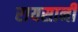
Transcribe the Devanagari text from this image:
रायसानी